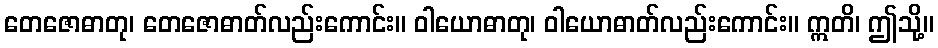
တေဇောဓာတု၊ တေဇောဓာတ်လည်းကောင်း။ ဝါယောဓာတု၊ ဝါယောဓာတ်လည်းကောင်း။ ဣတိ၊ ဤသို့။